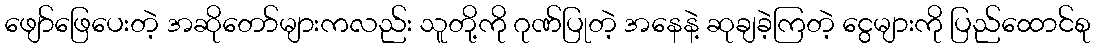
ဖျော်ဖြေပေးတဲ့ အဆိုတော်များကလည်း သူတို့ကို ဂုဏ်ပြုတဲ့ အနေနဲ့ ဆုချခဲ့ကြတဲ့ ငွေများကို ပြည်ထောင်စု